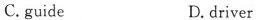
C.guide D.driver